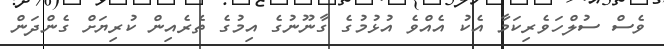
ވެސް ސުލްހަވެރިކަމާ އެކު އެއްވެ އުޅުމުގެ ގާނޫނުގެ އިމުގެ ތެރެއިން ކުރިޔަށް ގެންދަން